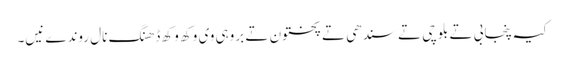
کیہ پنجابی تے بلوچی تے سندھی تے پختون تے بروہی وی وکھ وکھ ڈھنگ نال روندے نیں۔